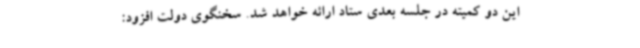
این دو کمیته در جلسه بعدی ستاد ارائه خواهد شد. سخنگوی دولت افزود: